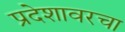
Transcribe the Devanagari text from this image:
प्रदेशावरचा